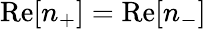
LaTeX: \mathrm{Re}[n_{+}]=\mathrm{Re}[n_{-}]